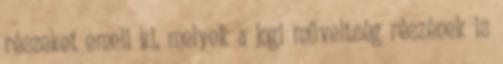
részeket emeli ki, melyek a jogi műveltség részének is